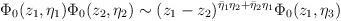
LaTeX: \begin{align*}{\Phi}_{0} (z_1,\eta_1) \Phi_0(z_2,\eta_2) \sim(z_1-z_2)^{\bar{\eta}_1 \eta_2 +\bar{\eta}_2 \eta_1}\Phi_0(z_1,\eta_3)\end{align*}